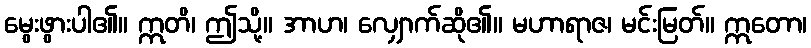
မွေးဖွားပါ၏။ ဣတိ၊ ဤသို့။ အာဟ၊ လျှောက်ဆို၏။ မဟာရာဇ၊ မင်းမြတ်။ ဣတော၊